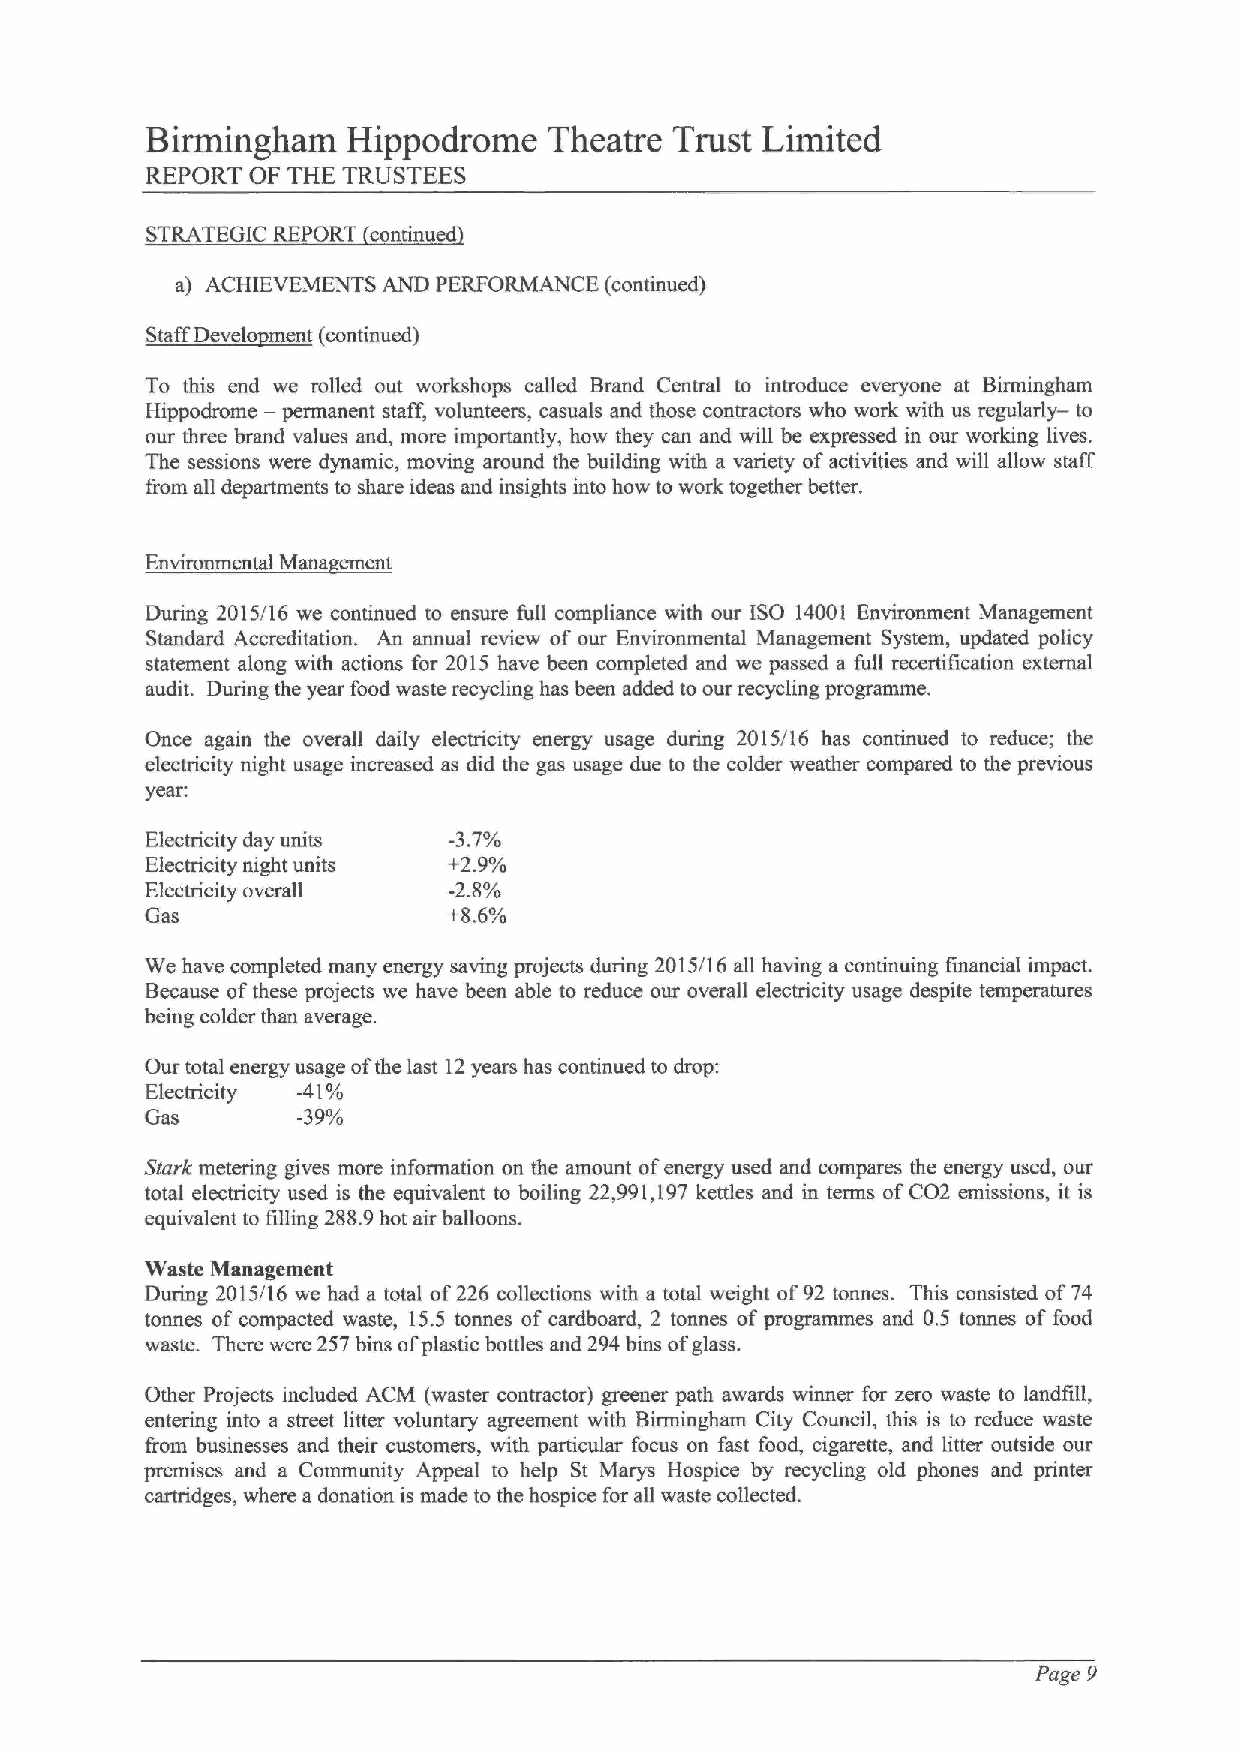
Birmingham   Hippodrome   Theatre Trust Limited
 REPORT OF THE TRUSTEES
 STRATEGIC REPORT continued
 a) ACHIEVEMENTS AND PERFORMANCE (continued)
 S~R'D t    i    ai
 To this end we rolled out workshops called Brand Central to introduce everyone at Birmingham
 Hippodrome — permanent staff, volunteers, casuals and those contractors who work with us regularly — to
 our three brand values and, more importantly, how they can and will be expressed in our working lives.
 The sessions were dynamic, moving around the building with a variety ofactivities and will allow staff
 from all departments to share ideas and insights into how to work together better.
 Environmental Mana ement
 During 2015/16 we continued to ensure full compliance with our ISO 14001 Environment Management
 Standard Accreditation. An annual review of our Environmental Management System, updated policy
 statement along with actions for 2015 have been completed and we passed a full recertification external
 audit. During the year food waste recycling has been added to our recycling programme.
 Once again the overall daily electricity energy usage during 2015/16 has continued to reduce; the
 electricity night usage increased as did the gas usage due to the colder weather compared to the previous
 year:
 Electricity day units -3.7%
 Electricity night units +2.9%
 Electricity overall -2.8%
 Gas                 +8.6%
 We have completed many energy saving projects during 2015/16 all having a continuing financial impact.
 Because ofthese projects we have been able to reduce our overall electricity usage despite temperatures
 being colder than average.
 Our total energy usage ofthe last 12years has continued to drop;
 Electricity -41%
 Gas       -39%
 Stark metering gives more information on the amount ofenergy used and compares the energy used, our
 total electricity used is the equivalent to boiling 22,991,197kettles and in terms ofCO2 emissions, it is
 equivalent to filling 288.9hot air bagoons.
 Waste Management
 During 2015/16 we had a total of226 collections with a total weight of92 tonnes. This consisted of74
 tonnes of compacted waste, 15.5 tonnes of cardboard, 2 tonnes of programmes and 0.5 tonnes of food
 waste. There were 257 bins ofplastic bottles and 294bins ofglass.
 Other Projects included ACM (waster contractor) greener path awards winner for zero waste to landfill,
 entering into a street litter voluntary agreement with Birmingham City Council, this is to reduce waste
 from businesses and their customers, with particular focus on fast food, cigarette, and litter outside our
 premises and a Community Appeal to help St Marys Hospice by recycling old phones and printer
 cartridges, where a donation is made to the hospice for all waste collected.
 Page 9